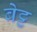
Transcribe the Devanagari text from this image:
बेट्ट